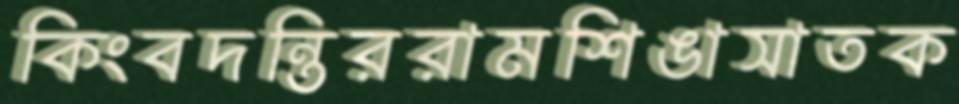
কিংবদন্তিররামশিঙাসাতক